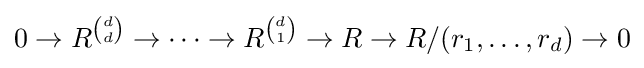
0\rightarrow R^{\binom {d}{d}}\rightarrow \cdots \rightarrow R^{\binom {d}{1}}\rightarrow R\rightarrow R/(r_{1},\ldots ,r_{d})\rightarrow 0